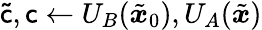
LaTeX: \mathsf{\tilde{c}},\mathsf{c}\gets U_{B}(\tilde{{\boldsymbol{x}}}_{0}),U_{A}(\tilde{{\boldsymbol{x}}})